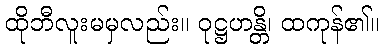
ထိုဘီလူးမမှလည်း။ ဝုဋ္ဌဟန္တိ၊ ထကုန်၏။